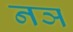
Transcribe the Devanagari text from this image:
नञ